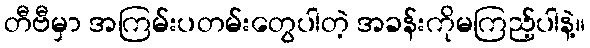
တီဗီမှာ အကြမ်းပတမ်းတွေပါတဲ့ အခန်းကိုမကြည့်ပါနဲ့။